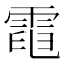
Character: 𩃓